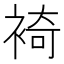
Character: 裿